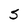
Character: S